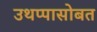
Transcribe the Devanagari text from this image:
उथप्पासोबत